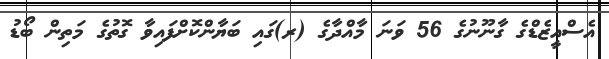
އެސްއީޒެޑްގެ ގާނޫނުގެ 56 ވަނަ މާއްދާގެ (ރ)ގައި ބަޔާންކޮށްފައިވާ ގޮތުގެ މަތިން ބޯޑު